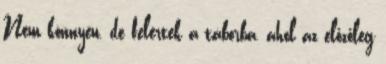
Nem könnyen, de felértek a táborba, ahol az előzőleg